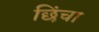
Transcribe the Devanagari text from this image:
छिंचा